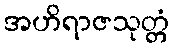
အဟိရာဇသုတ္တံ